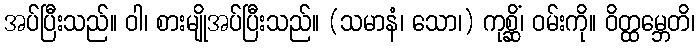
အပ်ပြီးသည်။ ဝါ၊ စားမျိုအပ်ပြီးသည်။ (သမာနံ၊ သော၊) ကုစ္ဆိံ၊ ဝမ်းကို။ ဝိတ္ထမ္ဘေတိ၊